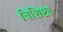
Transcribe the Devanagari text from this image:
विशिष्ट्य